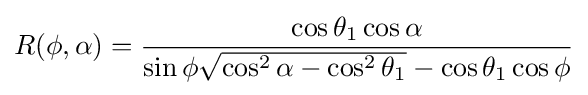
R(\phi ,\alpha )={\frac {\cos \theta _{1}\cos \alpha }{\sin \phi {\sqrt {\cos ^{2}\alpha -\cos ^{2}\theta _{1}}}-\cos \theta _{1}\cos \phi }}